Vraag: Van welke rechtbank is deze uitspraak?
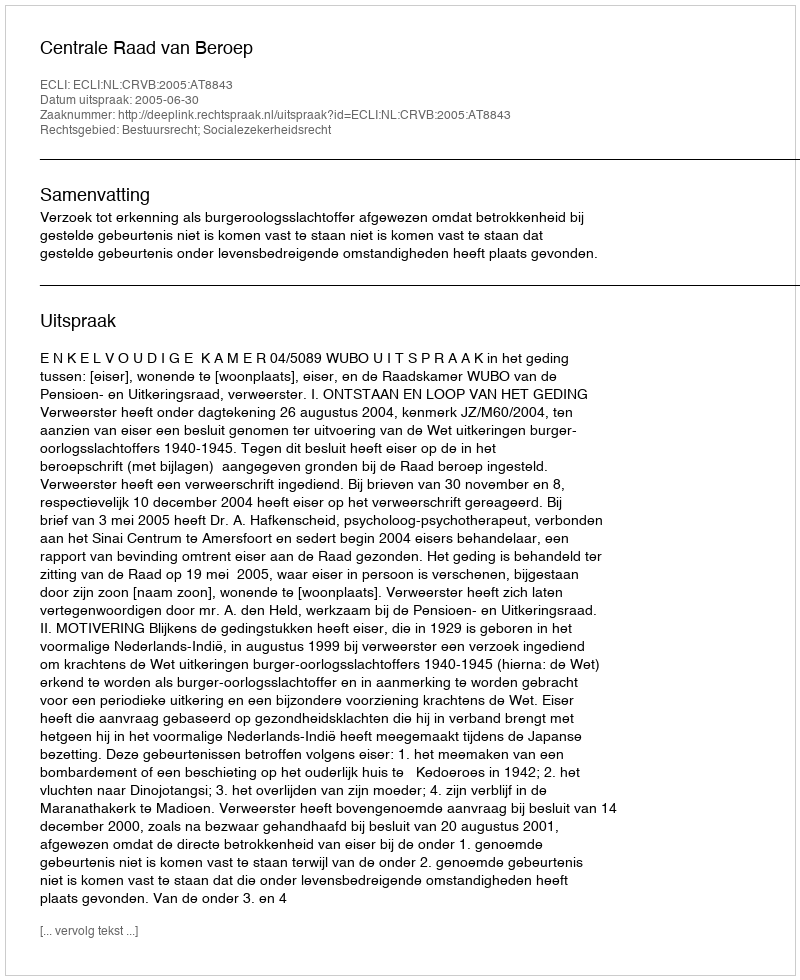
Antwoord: Centrale Raad van Beroep